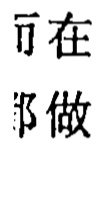
可在 都做